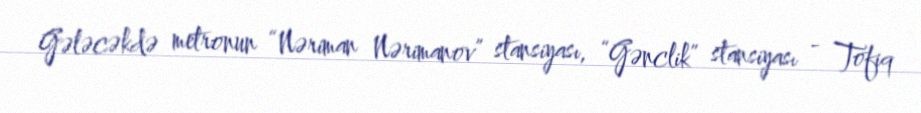
Gələcəkdə metronun “Nəriman Nərimanov” stansiyası, “Gənclik” stansiyası - Tofiq